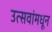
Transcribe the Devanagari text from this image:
उत्सवांमधून